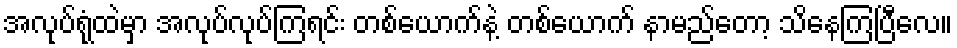
အလုပ်ရုံထဲမှာ အလုပ်လုပ်ကြရင်း တစ်ယောက်နဲ့ တစ်ယောက် နာမည်တော့ သိနေကြပြီလေ။